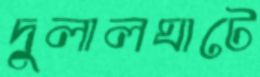
দুলালঘাটে